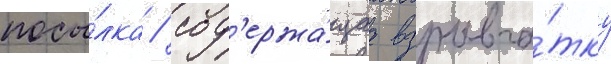
посы́лка / сод'ержа́щаа взрывча́тку